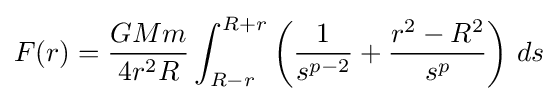
F(r)={\frac {GMm}{4r^{2}R}}\int _{R-r}^{R+r}\left({\frac {1}{s^{p-2}}}+{\frac {r^{2}-R^{2}}{s^{p}}}\right)\,ds